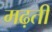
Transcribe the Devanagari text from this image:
मढ़ती